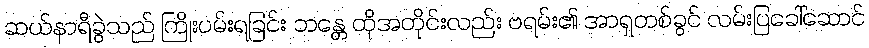
ဆယ်နာရီခွဲသည် ကြိုးပမ်းရခြင်း ဘန္တေ ထိုအတိုင်းလည်း ဗရမ်း၏ အာရှတစ်ခွင် လမ်းပြခေါ်ဆောင်